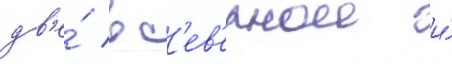
дв'е́ в с'ев'ернои и́